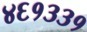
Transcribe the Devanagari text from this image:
४६१३३१